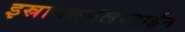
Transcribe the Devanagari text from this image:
इस्रायलपॅलेस्टाईन